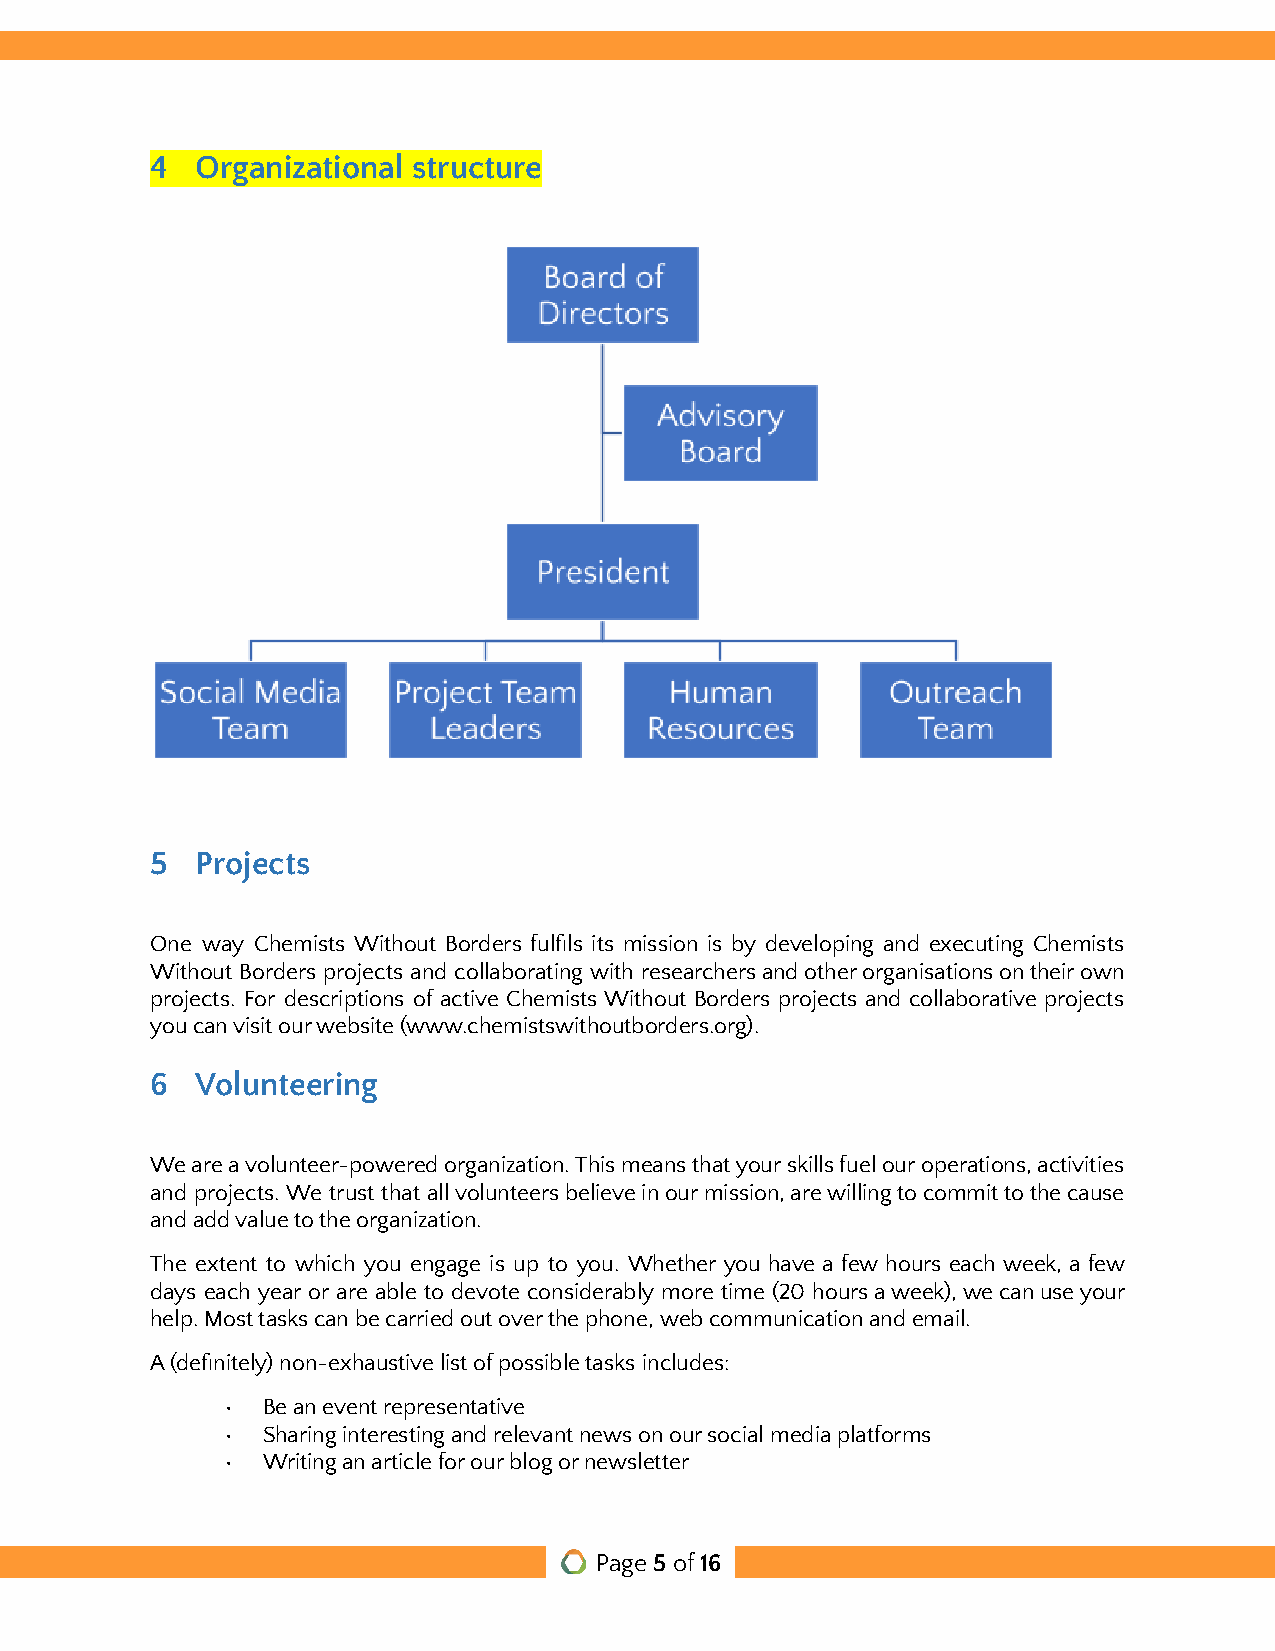
4  Organizational structure
 5  Projects
 One way Chemists Without Borders fulfils its mission is by developing and executing Chemists
 Without Borders projects and collaborating with researchersandotherorganisationsontheirown
 projects. For descriptions of active Chemists Without Borders projects and collaborative projects
 you can visit our website (www.chemistswithoutborders.org).
 6  Volunteering
 Weareavolunteer-poweredorganization.Thismeansthatyourskillsfuelouroperations,activities
 and projects. We trust that allvolunteersbelieveinourmission,arewillingtocommittothecause
 and add value to the organization.
 The extent to which you engage is up to you. Whether you have a few hours each week, a few
 days each year or are able to devote considerably more time (20 hoursaweek),wecanuseyour
 help. Most tasks can be carried out over the phone, web communication and email.
 A (definitely) non-exhaustive list of possible tasks includes:
 • Be an event representative
 • Sharing interesting and relevant news on our socialmedia platforms
 • Writing an article for our blog or newsletter
 Page5of16